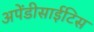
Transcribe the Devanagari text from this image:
अपेंडीसाईटिस